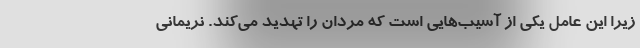
زیرا این عامل یکی از آسیب‌هایی است که مردان را تهدید می‌کند. نریمانی